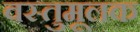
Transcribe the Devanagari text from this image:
वस्तुमूलक